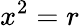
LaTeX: x^{2}=r